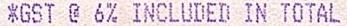
*GST @ 6% INCLUDED IN TOTAL